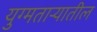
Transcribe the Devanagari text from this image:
युग्मताऱ्यातील